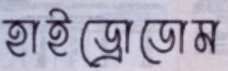
হাইড্রোডোম